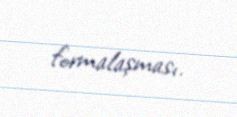
formalaşması.